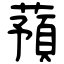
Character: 蕷